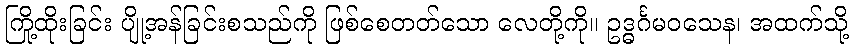
ကြို့ထိုးခြင်း ပျို့အန်ခြင်းစသည်ကို ဖြစ်စေတတ်သော လေတို့ကို။ ဥဒ္ဓင်္ဂမဝသေန၊ အထက်သို့